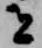
者